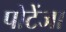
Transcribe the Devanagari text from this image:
पोटेंजा